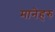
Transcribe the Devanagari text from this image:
मानेहरु